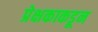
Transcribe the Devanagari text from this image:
प्रेक्षकाकडून